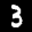
Label: 3